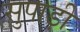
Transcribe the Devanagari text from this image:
सुपाड़ी